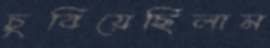
চুবিয়েছিলাম